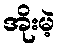
အိုးမဲ့